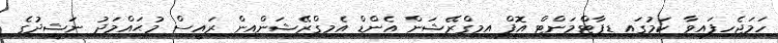
ހަމަޖެހިފައިވާ ކަމުގައި ޑިޕާޓްމަންޓް އޮފް އިމިގްރޭޝަން އެންޑް އެމިގްރޭޝަންއިން ރައީސް މުޙައްމަދު ނަޝީދުގެ